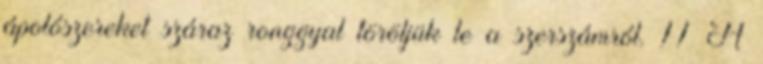
ápolószereket száraz ronggyal töröljük le a szerszámról. 11 A